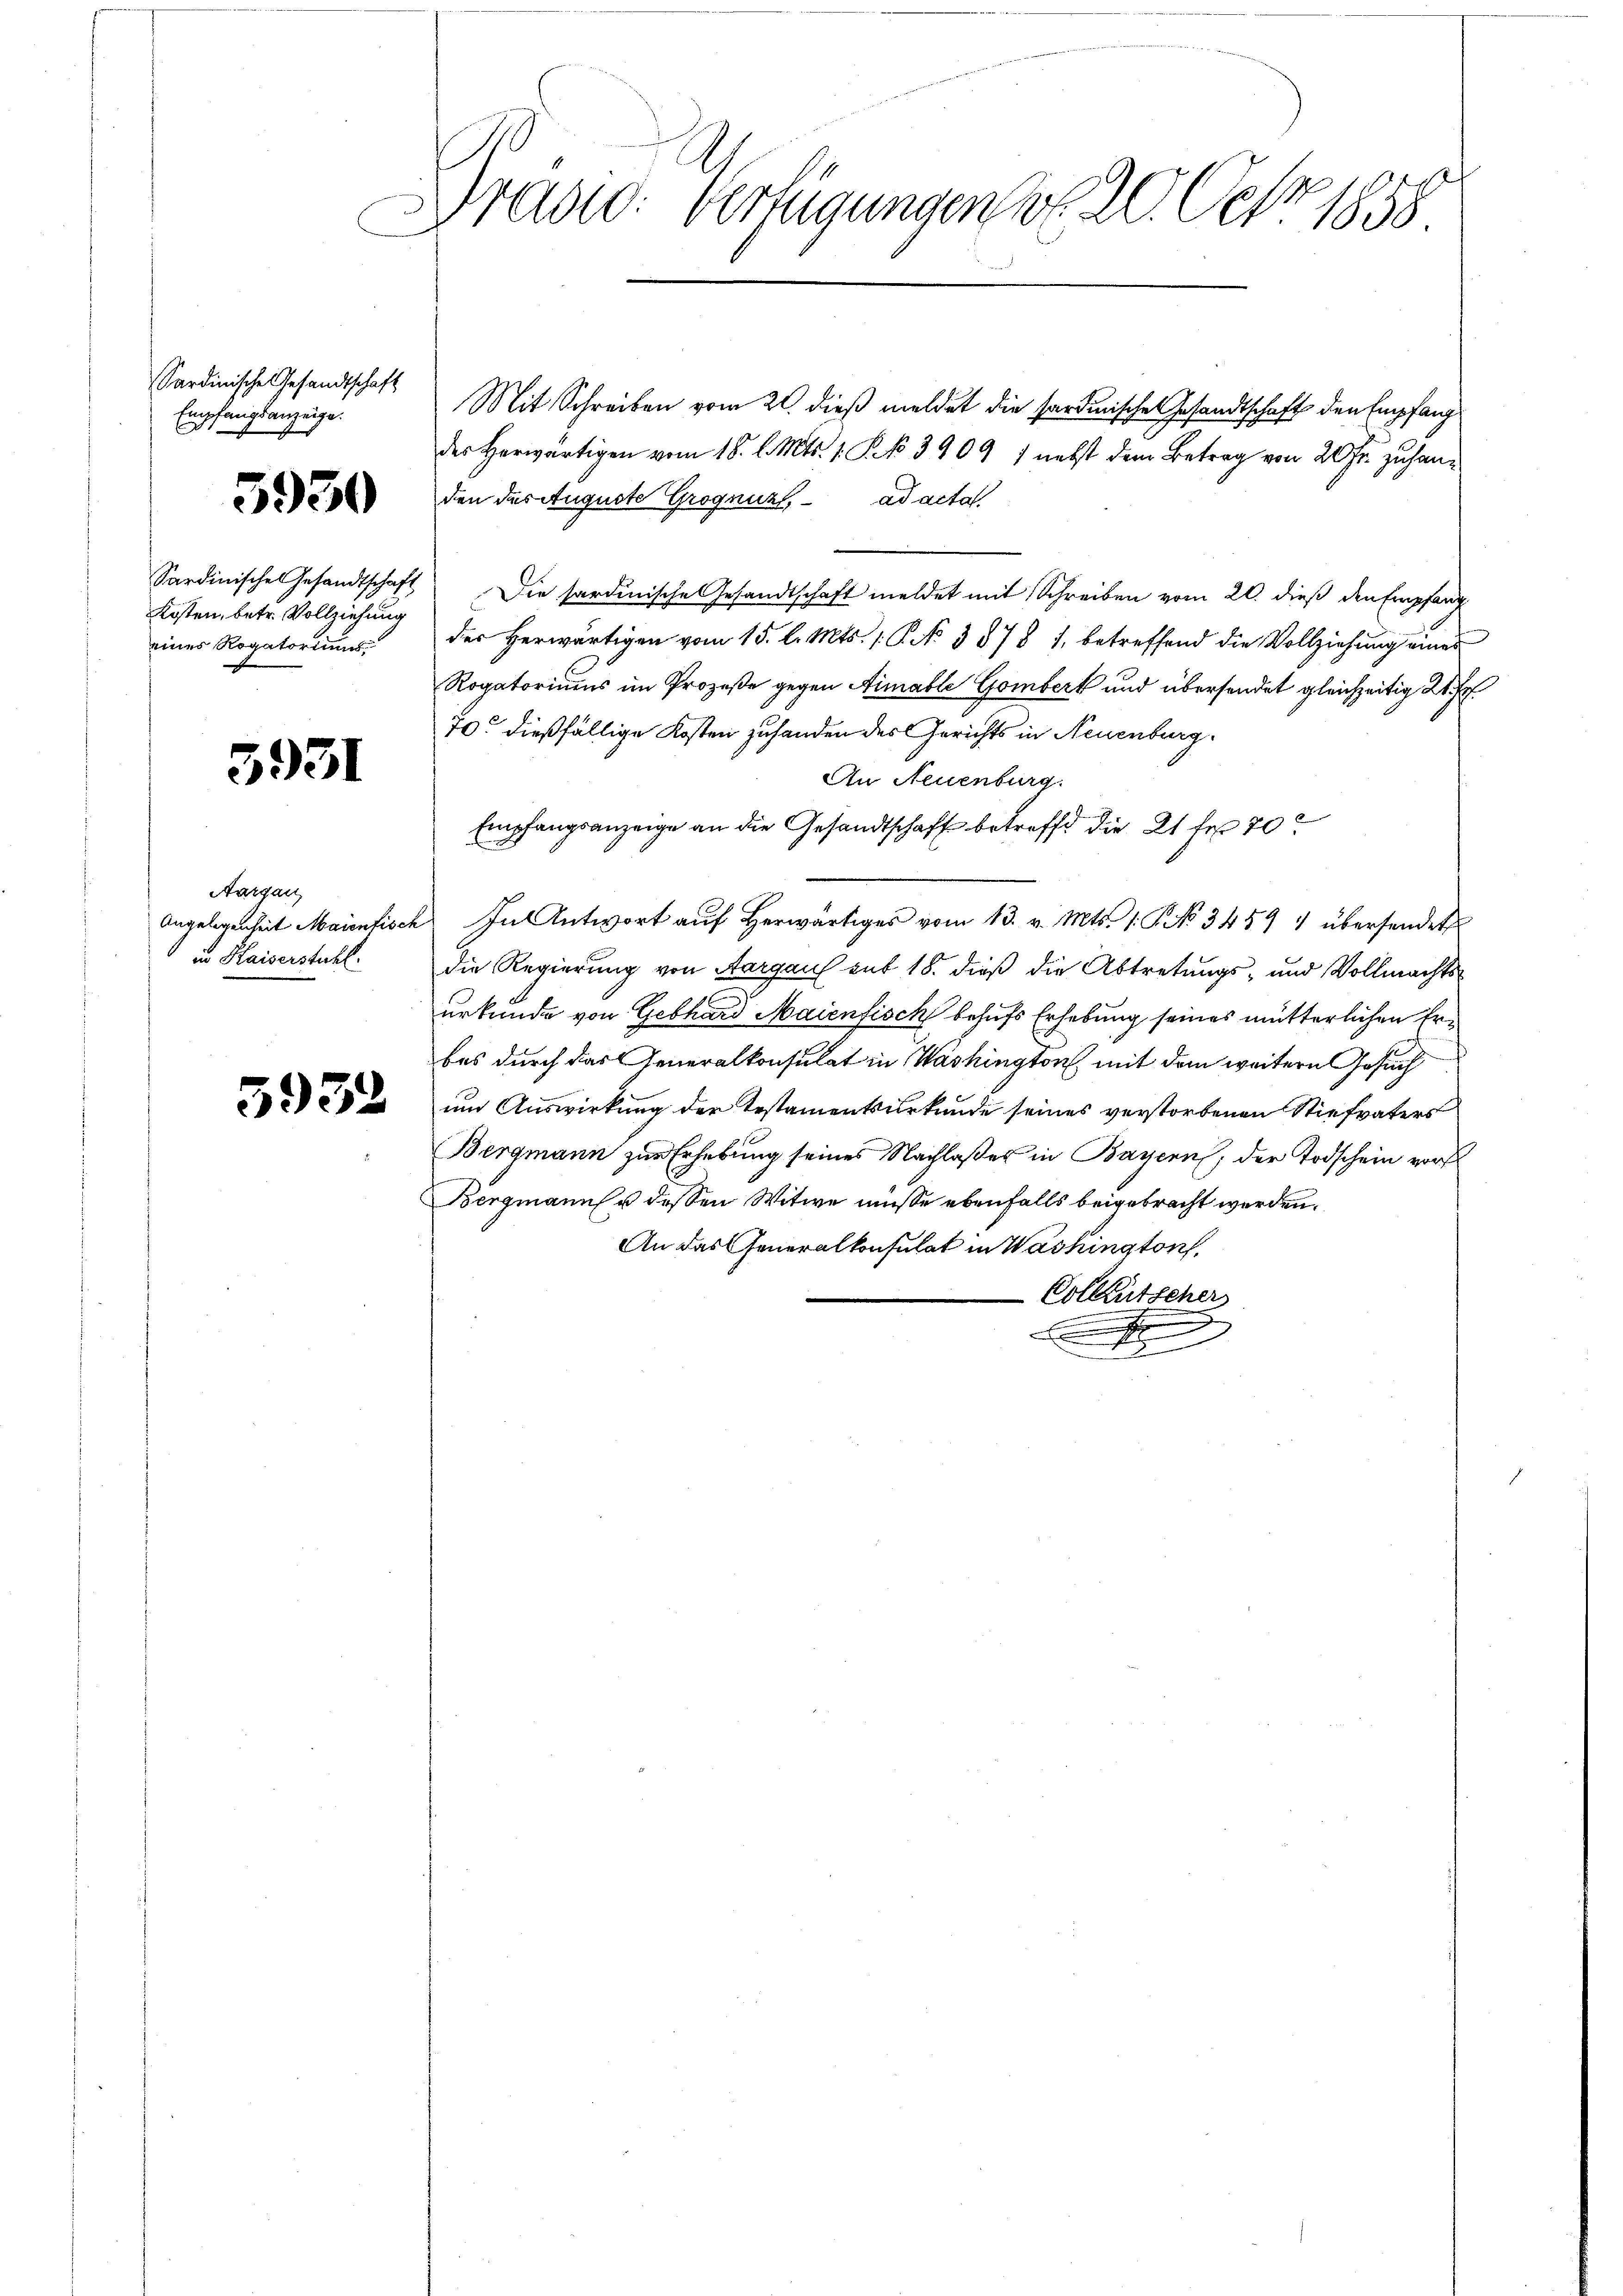
Sardinische Gesandtschaft
Empfangsanzeige.

5930

Sardinisches Gesandtschaft
Kosten, betr. Vollziehung
eines Rogatoriums

3951

Aargau,
Angelegenheit Maienfisch
in Kaiserstuhl.

5932

Prad: Vertigungen v. 20. Oct. 1858.

Mit Schreiben vom 20. dieß meldet die sardinische Gesandtschaft den Empfang
des Herwärtigen vom 18. l. Mts. 1. P. 3909 f nebst dem Betrag von 20 Fr. zuhanden das Auguste Grognuzt, ad acta
Die sardinische Gesandtschaft meldet mit Schreiben vom 20. dieß den Empfang
der herwärtigen vom 15. l. Mts. 1. P. N. 3878 1, betreffend die Vollziehung eines
Rogatoriums im Prozeße gegen Aimable Gombert und übersendet gleichzeitig 2 Fr.
70 dießfällige Kosten zuhanden des Gerichts in Neuenburg.
An Neuenburg.
Empfangsanzeige an die Gesandtschaft betreffe die 21 Fr. 70
In Antwort aŭf herwärtiges vom 13. v. Mts. 1. P. No 3459 4 übersendet
die Regierung von Aargaus mit 18. dieß die Abtretungs- und Vollmachts
urkunde von Gebhard Maienfisch behufs Erhebung seines mütterlichen Erbes durch das Generalkonsulat in Washington, mit dem weitern Gesuch
um Auswirkung der Testamentsurkunde seines verstorbenen Stiefvaters
Bergmann zur Erhebung seines Nachlaßes in Bayern, der Todschein vors
Bergmann u. dessen Witwe müsse ebenfalls beigebracht werden.
An das Generalkonsulat in Washington,
Colleutscher
.
F
x
x
u